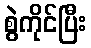
စွဲကိုင်ပြီး